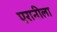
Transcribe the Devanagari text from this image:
एरानीला